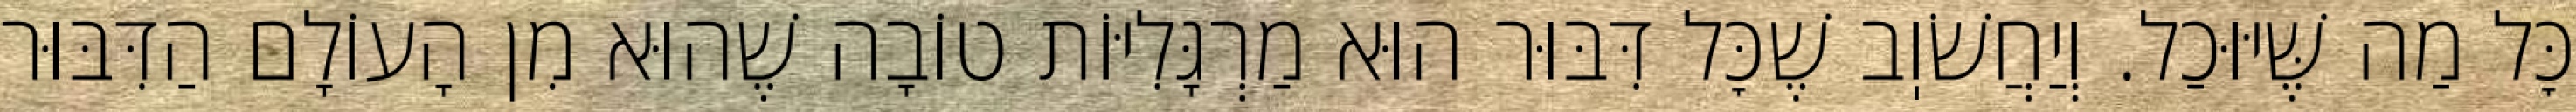
כׇּל מַה שֶּׁיּוּכַל. וְיַחֲשֹׁוֽב שֶׁכׇּל דִּבּוּר הוּא מַרְגָּלִיּוֹת טוֹבָה שֶׁהוּא מִן הָעוֹלָם הַדִּבּוּר